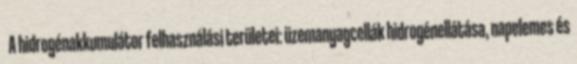
A hidrogénakkumulátor felhasználási területei: üzemanyagcellák hidrogénellátása, napelemes és